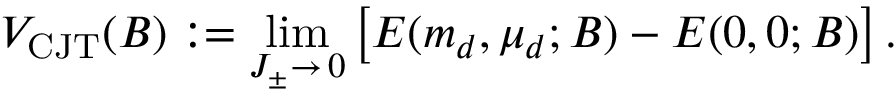
V _ { \mathrm { C J T } } ( B ) : = \operatorname * { l i m } _ { J _ { \pm } \to \, 0 } \left[ E ( m _ { d } , \mu _ { d } ; B ) - E ( 0 , 0 ; B ) \right] .